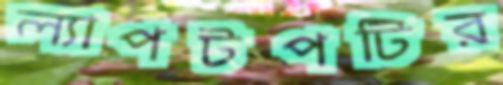
ল্যাপটপটির